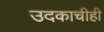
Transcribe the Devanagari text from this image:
उदकाचीही